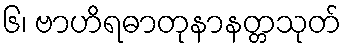
၆၊ ဗာဟိရဓာတုနာနတ္တသုတ်